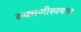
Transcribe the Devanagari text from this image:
रुक्मणीस्वयंवर